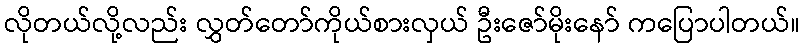
လိုတယ်လို့လည်း လွှတ်တော်ကိုယ်စားလှယ် ဦးဇော်မိုးနော် ကပြောပါတယ်။